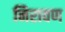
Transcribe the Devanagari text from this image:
निरावण